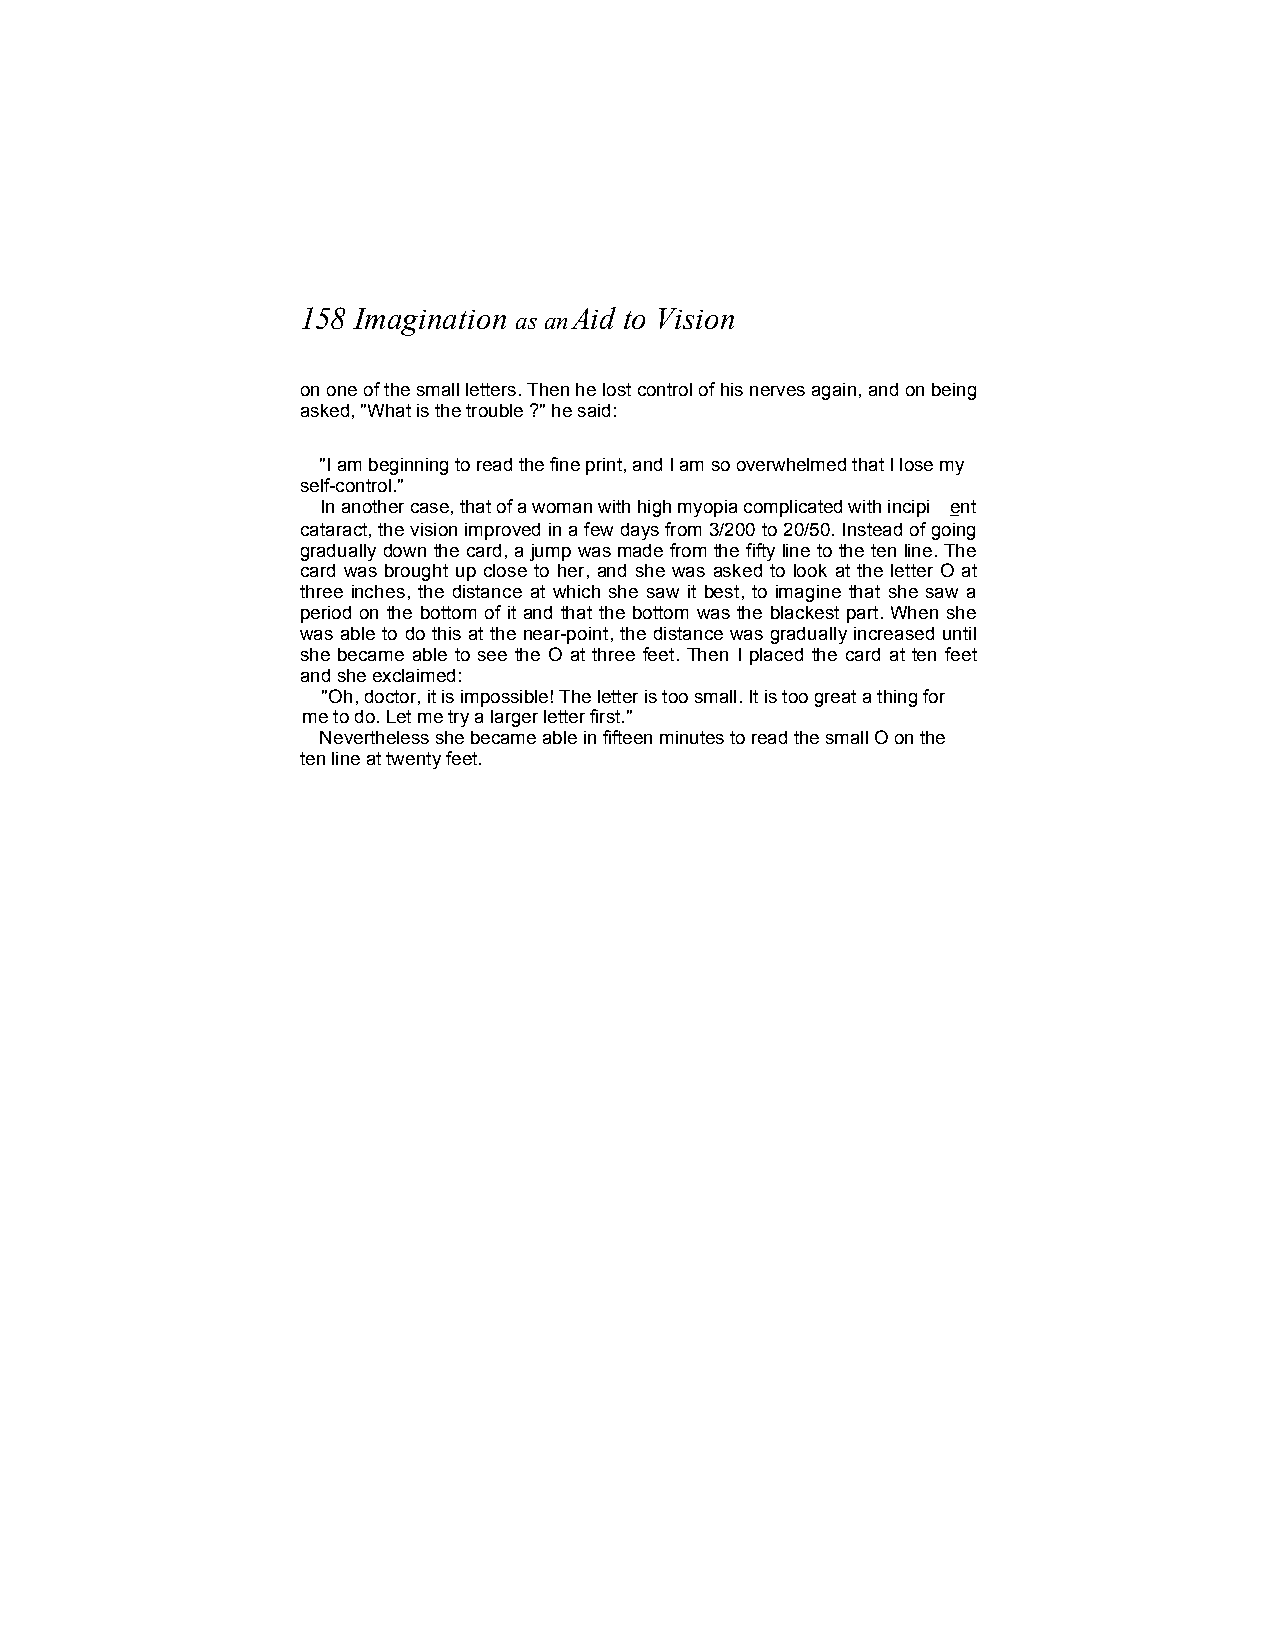
158 Imagination as anAid to Vision
 on one of the small letters. Then he lost control of his nerves again, and on being
 asked, "What is the trouble ?" he said:
 "I am beginning to read the fine print, and I am so overwhelmed that I lose my
 self-control."
 In another case, that of a woman with high myopia complicated with incipi ent
 cataract, the vision improved in a few days from 3/200 to 20/50. Instead of going
 gradually down the card, a jump was made from the fifty line to the ten line. The
 card was brought up close to her, and she was asked to look at the letter O at
 three inches, the distance at which she saw it best, to imagine that she saw a
 period on the bottom of it and that the bottom was the blackest part. When she
 was able to do this at the near-point, the distance was gradually increased until
 she became able to see the O at three feet. Then I placed the card at ten feet
 and she exclaimed:
 "Oh, doctor, it is impossible! The letter is too small. It is too great a thing for
 me to do. Let me try a larger letter first."
 Nevertheless she became able in fifteen minutes to read the small O on the
 ten line at twenty feet.